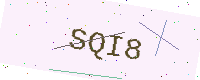
Text: SQI8